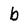
Character: b